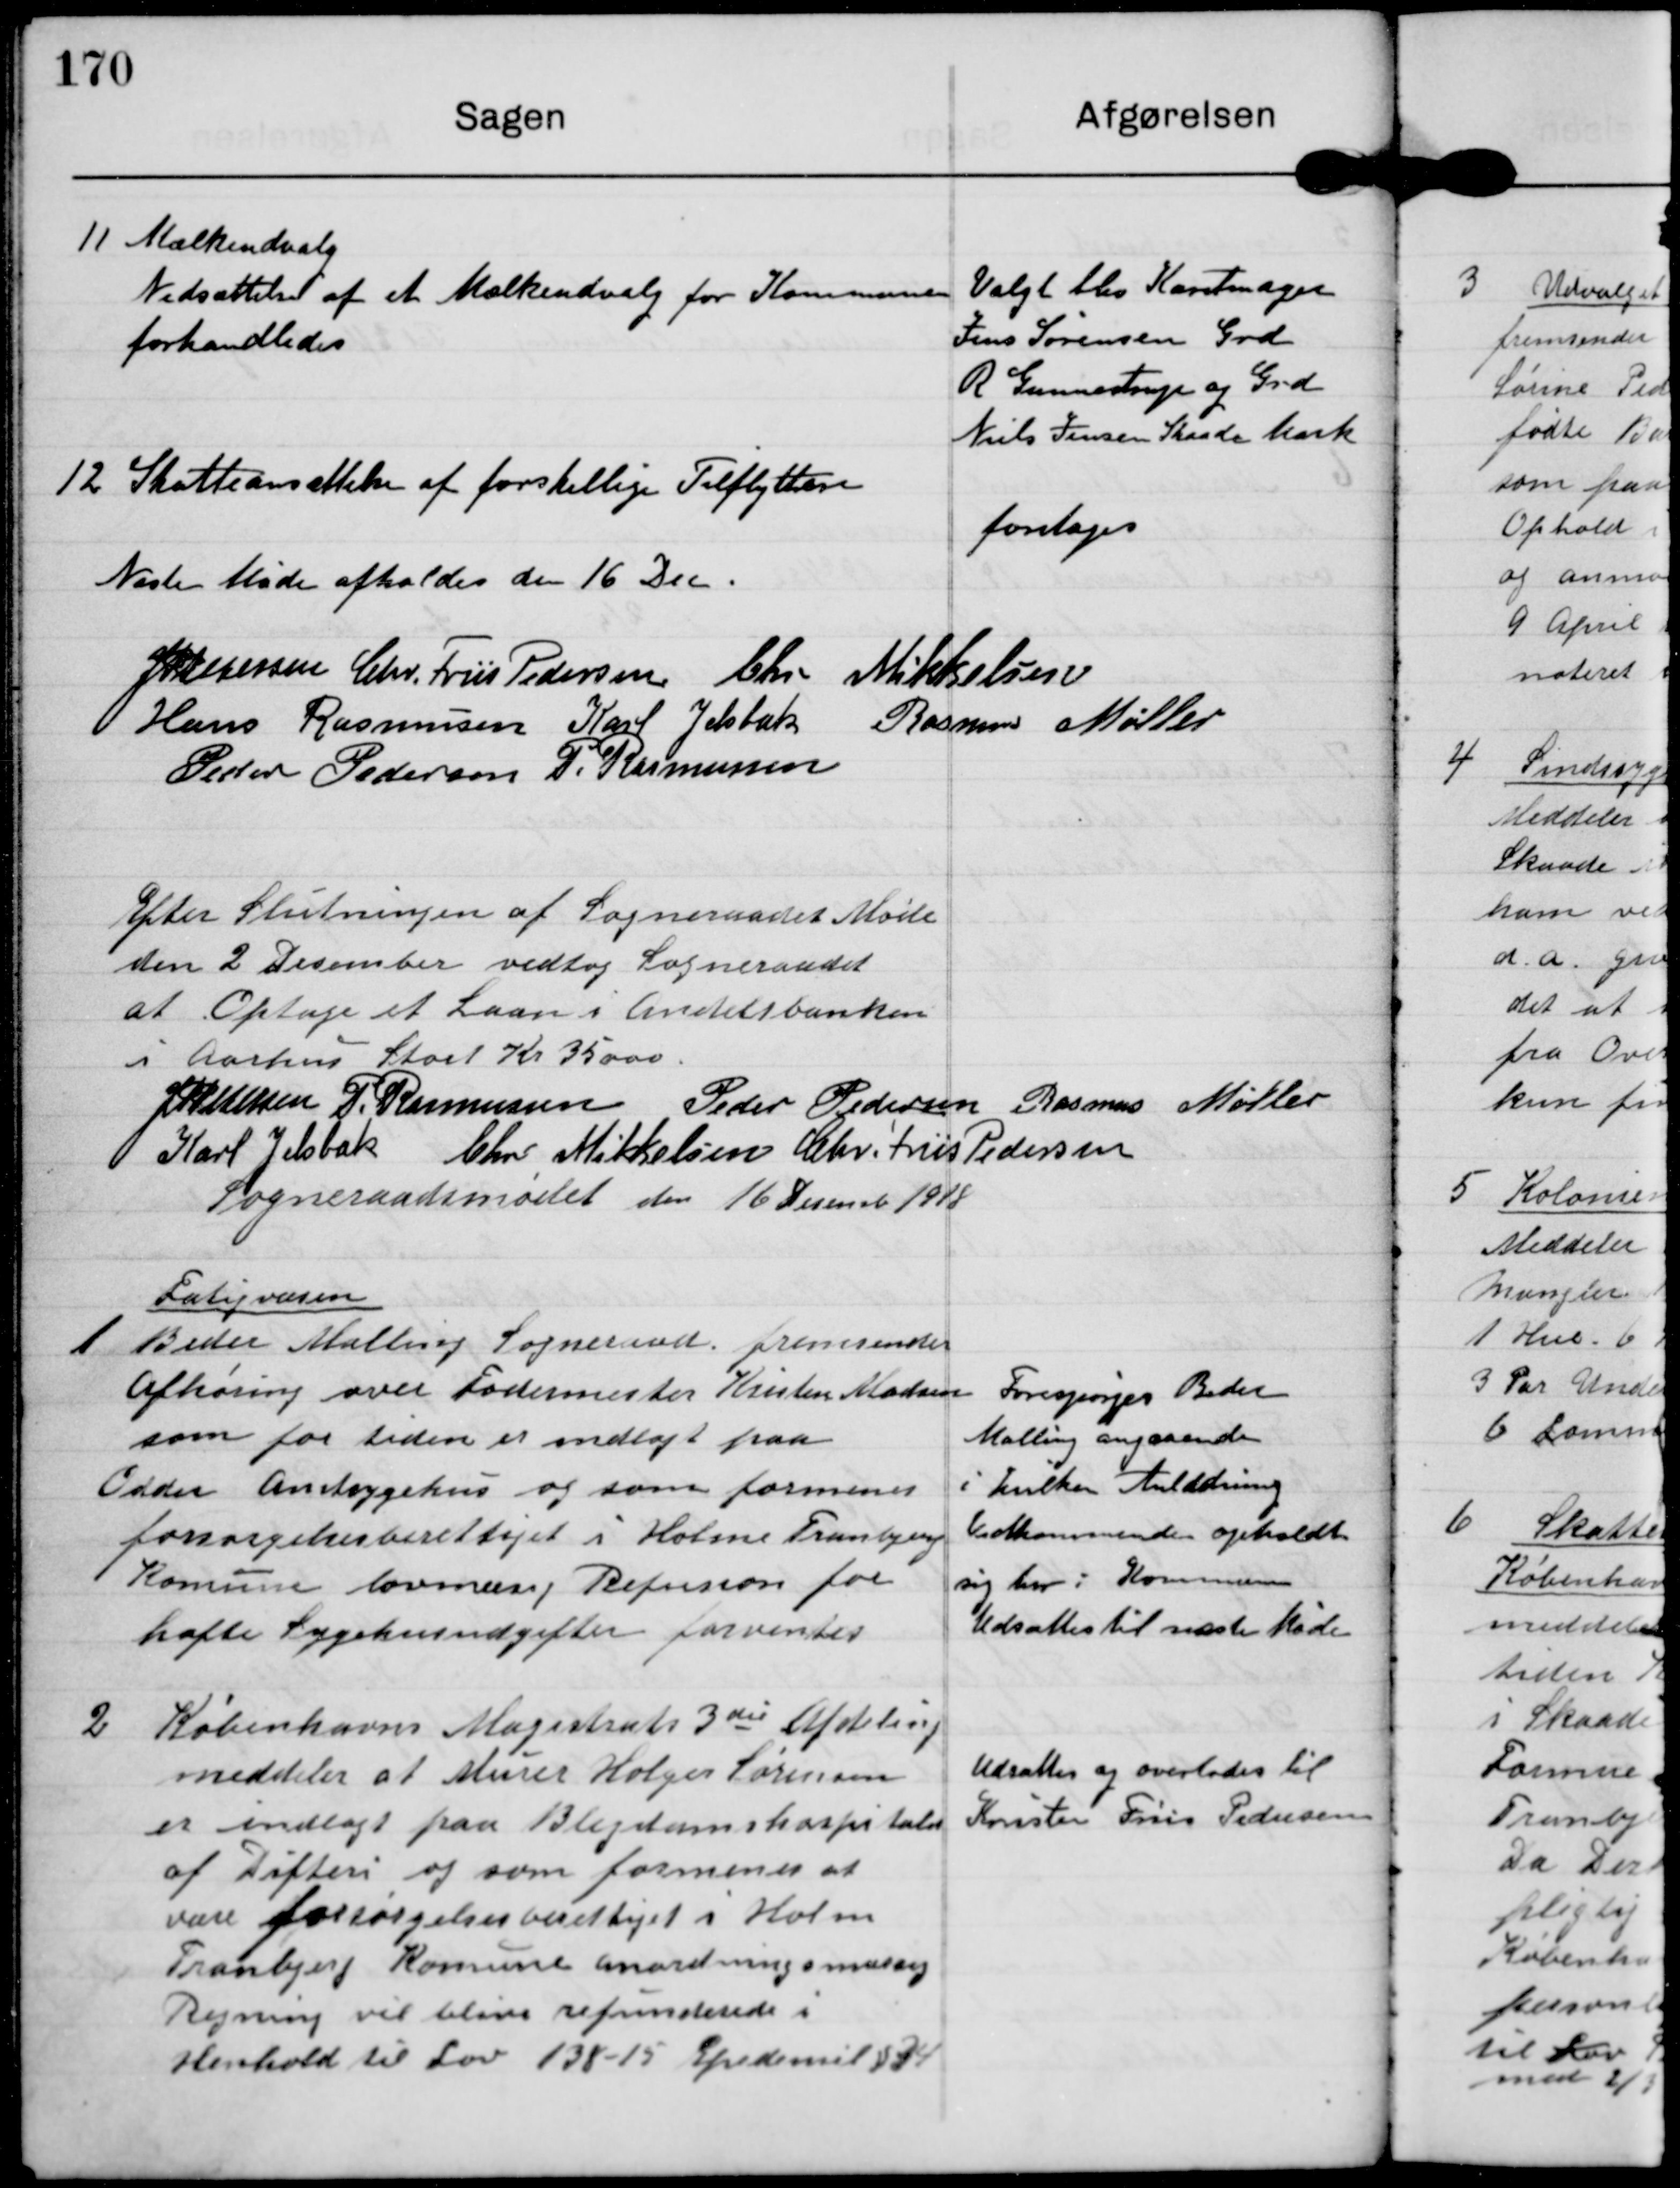
Transskription:
11 Mælkeudvalg
Nedsættelse af et Mælkeudvalg for Kommunen
forhandledes

Valgt blev Karetmager
Jens Sørensen Grd
R Gunnestrup og Grd
Niels Jensen Skaade Mark

12 Skatteansættelse af forskellige Tilflyttere

foretoges

Næste Møde afholdes den 16. Dec.

J P Pedersen

Chr. Friis Pedersen

Chr Mikkelsen

Hans Rasmussen

Karl Jelsbak

Rasmus Møller

Peder Pedersen

P. Rasmussen

Efter Slutningen af Sogneraadets Møde
den 2. December vedtog Sogneraadet
at Optage et Laan i Andelsbanken
i Aarhus Stort Kr 35000

J P Pedersen

P. Rasmussen

Peder Pedersen

Rasmus Møller

Karl Jelsbak

Chr Mikkelsen

Chr Friis Pedersen

Sogneraadsmødet den 16 December 1918

Fatigvæsen
1 Beder Malling Sogneraad fremsender
Afhøring over Fodermester Kristen Madsen
som for tiden er indlagt paa
Odder Amtssygehus og som formenes
forsørgelsesberettiget i Holme Tranbjerg
Kommune lovmæssig Refusion for
hafte Sygehusudgifter forventes

Forespørger Beder
Malling angaaende
i hvilken Anledning
Vedkommende opholdt
sig her i Kommunen
Udsattes til næste Møde

2 Københavns Magistrats 3die Afdeling
meddeler at Murer Holger Sørensen
er indlagt paa Blegdamshospitalet
af Difteri og som formenes at
være forsørgelsesberettiget i Holme
Tranbjerg Kommune anordningsmæssig
Regning vil blive refunderede i
Henhold til Lov 138-15 Epidemil. §34

Udsattes og overlodes til
Kristen Friis Pedersen